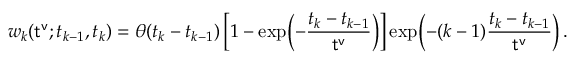
w _ { k } ( { \sf t ^ { v } } ; t _ { k - 1 } , t _ { k } ) = \theta ( t _ { k } - t _ { k - 1 } ) \left[ 1 - \exp \Bigl ( - \frac { t _ { k } - t _ { k - 1 } } { { \sf t ^ { v } } } \Bigr ) \right] \exp \Bigl ( - ( k - 1 ) \frac { t _ { k } - t _ { k - 1 } } { { \sf t ^ { v } } } \Bigr ) \, .